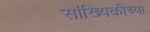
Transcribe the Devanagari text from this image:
सांख्यिकीच्या